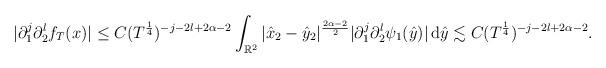
LaTeX: \begin{align*} |\partial_1^j\partial_2^l f_T (x) | &\leq C (T^{\frac{1}{4}})^{-j-2l+2\alpha -2} \int_{\mathbb{R}^2} |\hat{x}_2 - \hat{y}_2|^{\frac{2\alpha -2}{2}} |\partial_1^j\partial_2^l\psi_1(\hat{y})|\, \textrm{d} \hat{y} \lesssim C (T^{\frac{1}{4}})^{-j-2l + 2\alpha -2} .\end{align*}